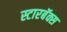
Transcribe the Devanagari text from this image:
स्टारबॅक्स